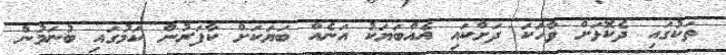
ތަކުގައި ދެކޮޅަށް ވާހަކަ ދަށްކައި އެއްބަޔަކު އަނެއް ބަޔަކަށް ކާފަރުން ކަމުގައި ބުނަމުން